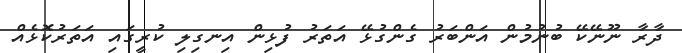
ދާރާ ނޫނޭކޭ ބުނުމުން އަންބަރު ގެންގުޅޭ އަތަރު ފުޅިން އިނގިލި ކުރީގައި އަތަރުކޮޅެއް